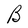
Character: B